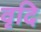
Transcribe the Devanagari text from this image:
वृदि